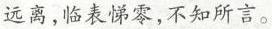
远离，临表悌零，不知所言。